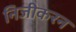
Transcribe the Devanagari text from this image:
निजीकरन